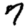
Digit: 7